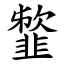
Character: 䪠